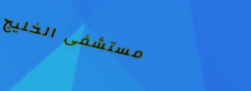
مستشفى الخليج